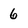
Character: 6